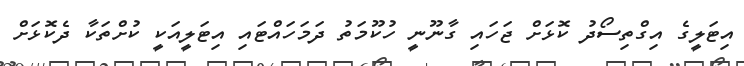
އިޓަލީގެ އިގްތިސޯދު ކޮޅަށް ޖަހައި ގާނޫނީ ހުކޫމަތު ދަމަހައްޓައި އިޓަލީއަކީ ކުށްތަކާ ދެކޮޅަށް